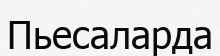
Пьесаларда